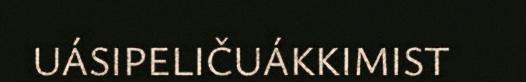
UÁSIPELIČUÁKKIMIST